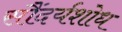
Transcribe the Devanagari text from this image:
सौंदर्यशोध